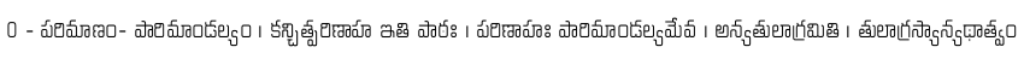
0 - పరిమాణం- పారిమాండల్యం । కన్చిత్పరిణాహ ఇతి పాఠః । పరిణాహః పారిమాండల్యమేవ । అన్యతులాగ్రమితి । తులాగ్రస్యాన్యథాత్వం